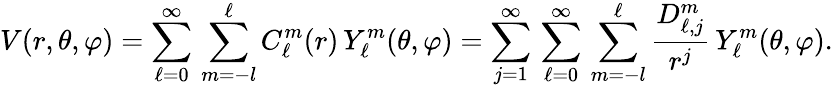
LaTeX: V(r,\theta,\varphi)=\sum_{\ell=0}^{\infty}\, \sum_{m=-l}^{\ell}C_{\ell}^{m}(r)\, Y_{\ell}^{m}(\theta,\varphi)=\sum_{j=1}^{\infty}\, \sum_{\ell=0}^{\infty}\, \sum_{m=-l}^{\ell}{\frac{D_{\ell,j}^{m}}{r^{j}}}\, Y_{\ell}^{m}(\theta,\varphi).